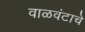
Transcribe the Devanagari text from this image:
वाळवंटाचे